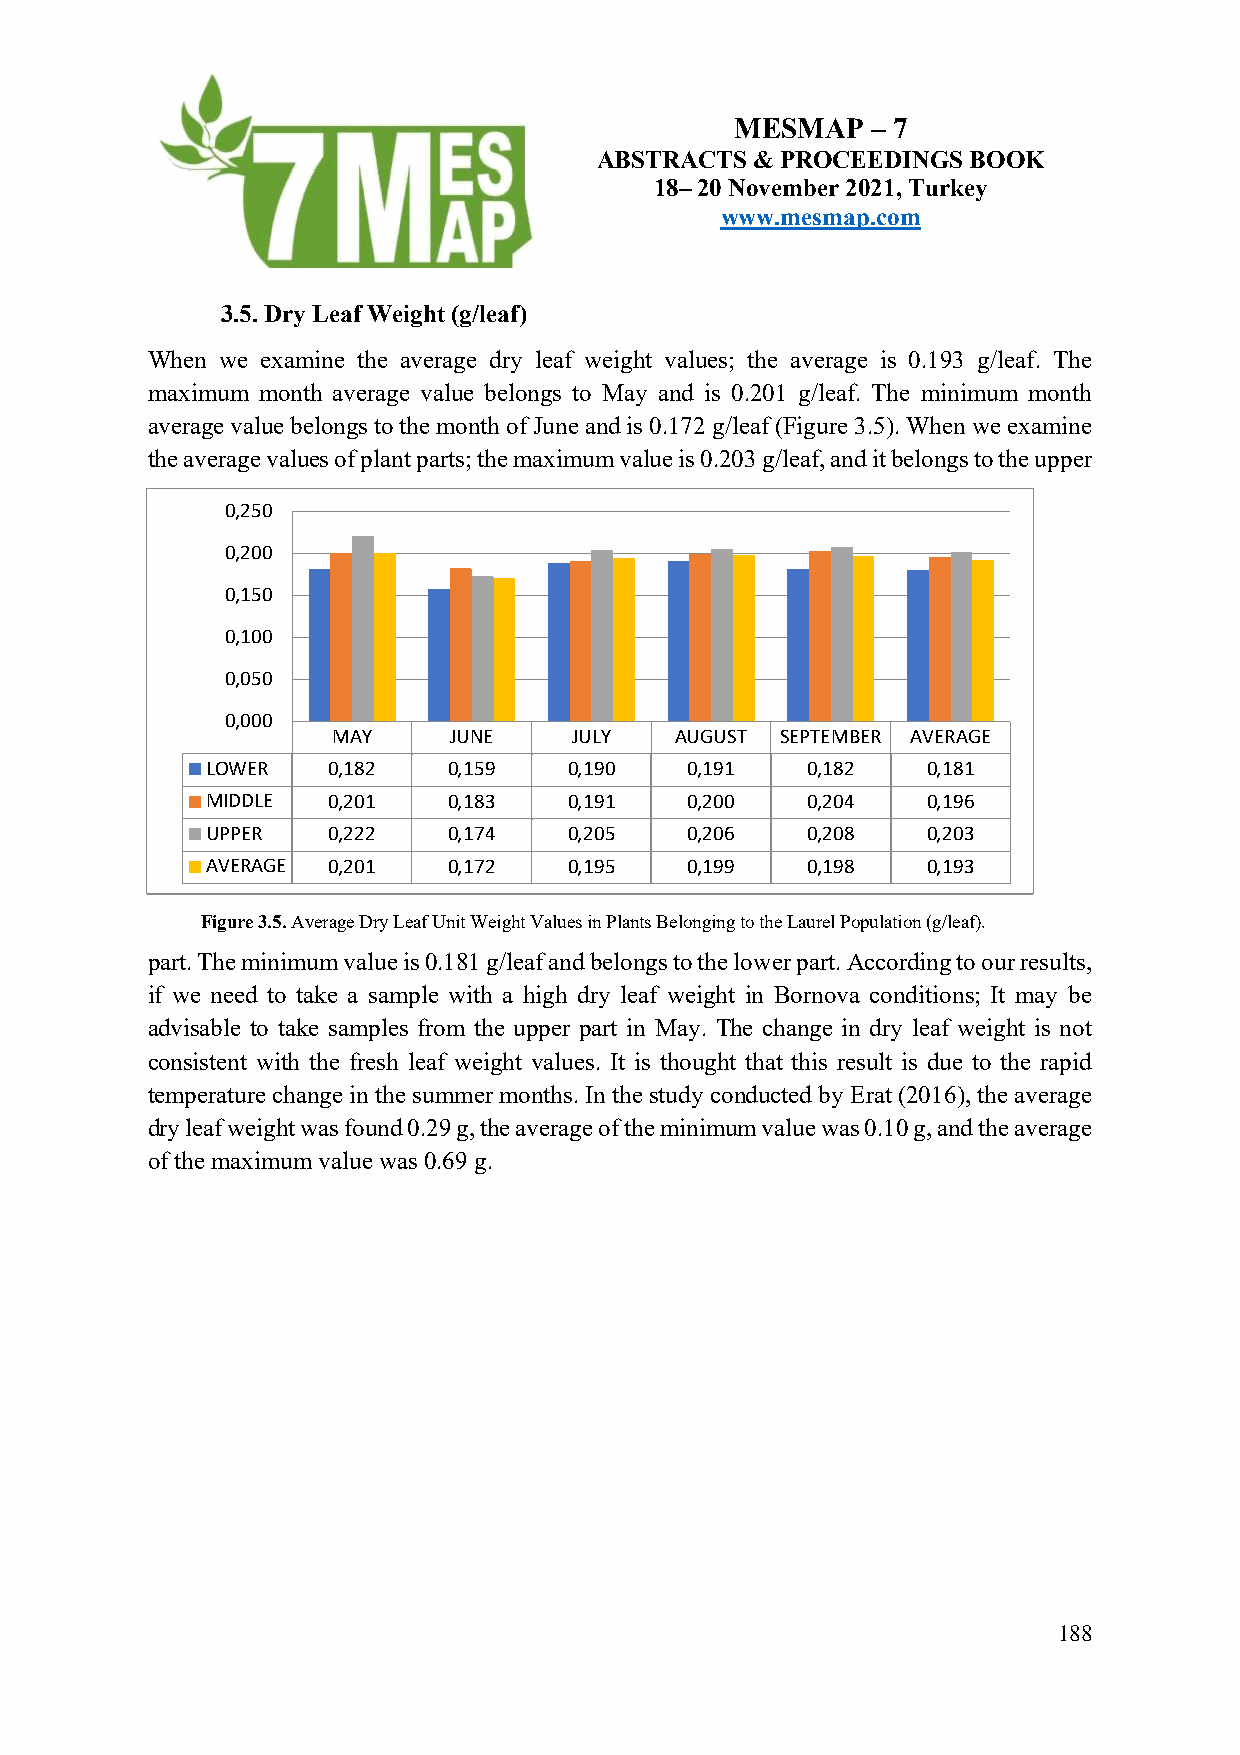
MESMAP   – 7
 ABSTRACTS  & PROCEEDINGS BOOK
 18– 20 November 2021, Turkey
 www.mesmap.com
 3.5. Dry Leaf Weight (g/leaf)
 When we examine the average dry leaf weight values; the average is 0.193 g/leaf. The
 maximum month average value belongs to May and is 0.201 g/leaf. The minimum month
 average value belongs to the month of June and is 0.172 g/leaf (Figure 3.5). When we examine
 the average values of plant parts; the maximum value is 0.203 g/leaf, and it belongs to the upper
 0,250
 0,200
 0,150
 0,100
 0,050
 0,000
 MAY     JUNE    JULY   AUGUST SEPTEMBER AVERAGE
 LOWER   0,182   0,159   0,190  0,191   0,182   0,181
 MIDDLE  0,201   0,183   0,191  0,200   0,204   0,196
 UPPER   0,222   0,174   0,205  0,206   0,208   0,203
 AVERAGE 0,201   0,172   0,195  0,199   0,198   0,193
 Figure 3.5. Average Dry Leaf Unit Weight Values in Plants Belonging to the Laurel Population (g/leaf).
 part. The minimum value is 0.181 g/leaf and belongs to the lower part. According to our results,
 if we need to take a sample with a high dry leaf weight in Bornova conditions; It may be
 advisable to take samples from the upper part in May. The change in dry leaf weight is not
 consistent with the fresh leaf weight values. It is thought that this result is due to the rapid
 temperature change in the summer months. In the study conducted by Erat (2016), the average
 dry leaf weight was found 0.29 g, the average of the minimum value was 0.10 g, and the average
 of the maximum value was 0.69 g.
 188